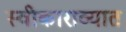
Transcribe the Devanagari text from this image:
स्वीकाराव्यात